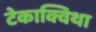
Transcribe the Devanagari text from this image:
टेकाक्विथा